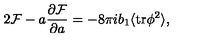
2 { \cal F } - a { \frac { \partial { \cal F } } { \partial a } } = - 8 \pi i b _ { 1 } \langle \mathrm { t r } \phi ^ { 2 } \rangle ,